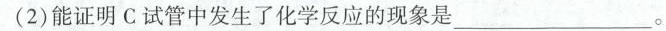
(2)能证明C试管中发生了化学反应的现象是 ___。